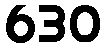
630